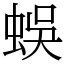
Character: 蜈